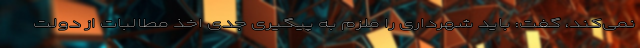
نمی‌کند، گفت: باید شهرداری را ملزم به پیگیری جدی اخذ مطالبات از دولت